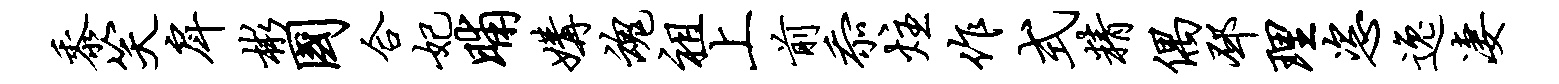
黍笑戽彬国合妃晡媾魂祖上前忝炷作式精偶邳理恣逸凄